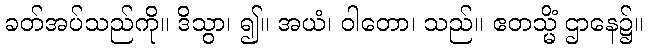
ခတ်အပ်သည်ကို။ ဒိသွာ၊ ၍။ အယံ၊ ဝါတော၊ သည်။ ဧတသ္မိံ ဌာနေ၌။